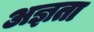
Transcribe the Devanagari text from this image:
अज्ञता